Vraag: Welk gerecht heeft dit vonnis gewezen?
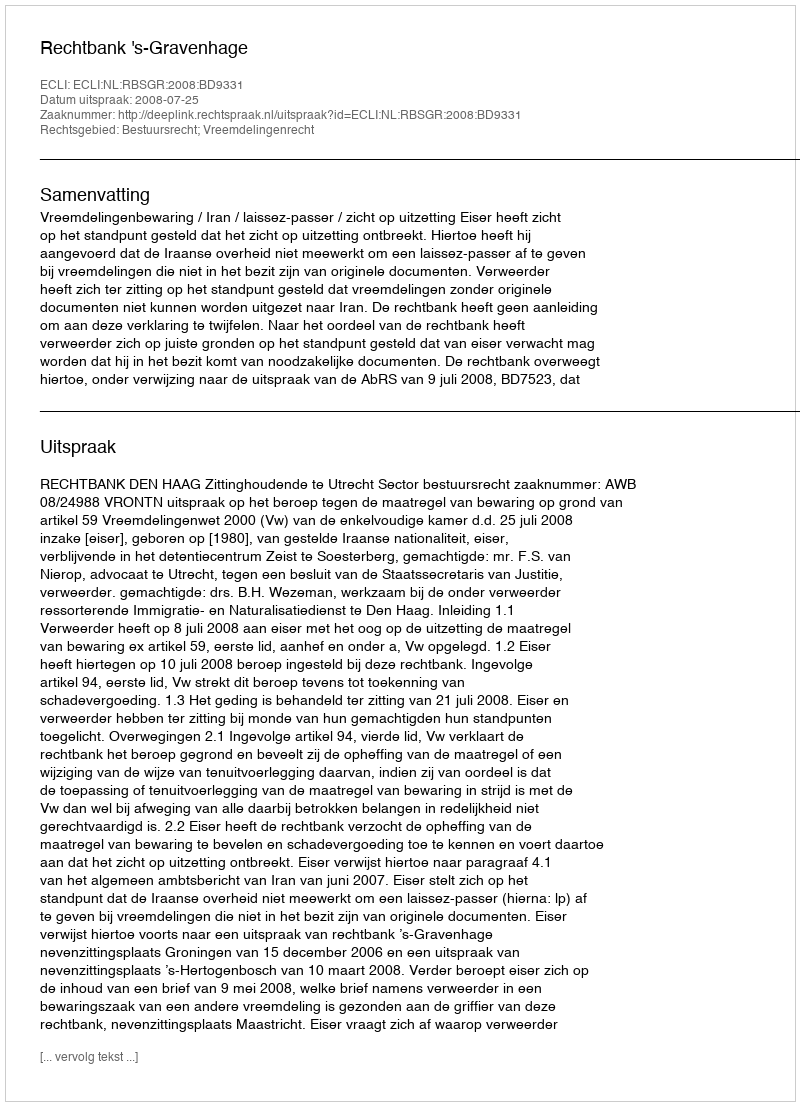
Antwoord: Rechtbank 's-Gravenhage